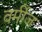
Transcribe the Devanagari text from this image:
वर्मीज